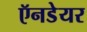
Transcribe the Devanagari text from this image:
ऍनडेयर